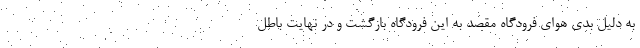
به دلیل بدی هوای فرودگاه مقصد به این فرودگاه بازگشت و در نهایت باطل